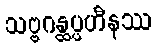
သဗ္ဗဂန္ထပ္ပဟီနဿ